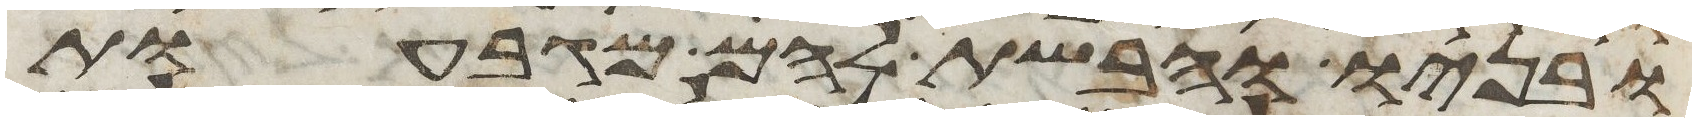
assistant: ובניו וחבשת להם מגבעות